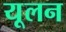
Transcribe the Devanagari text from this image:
यूलन